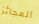
العجائز